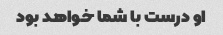
او درست با شما خواهد بود